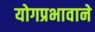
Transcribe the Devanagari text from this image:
योगप्रभावाने